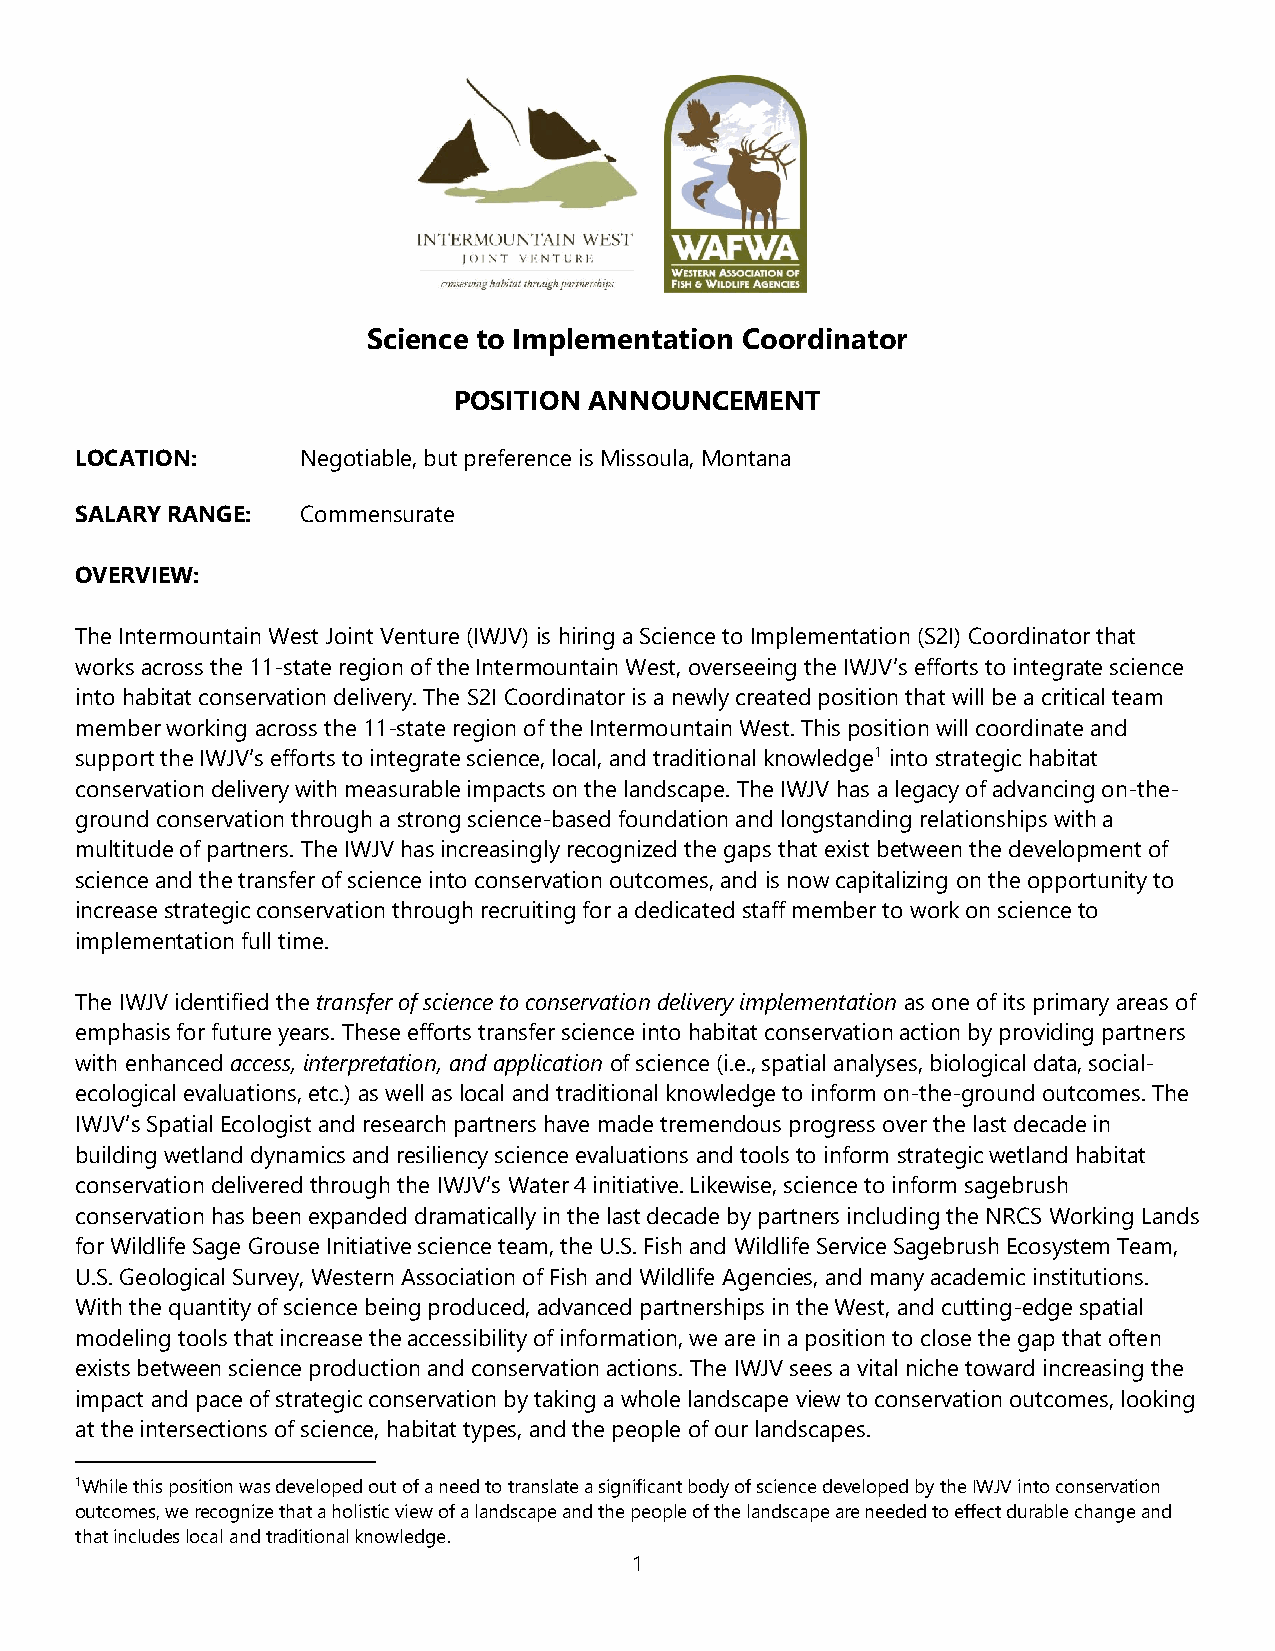
Science to Implementation Coordinator
 POSITION ANNOUNCEMENT
 LOCATION:      Negotiable, but preference is Missoula, Montana
 SALARY RANGE:  Commensurate
 OVERVIEW:
 The Intermountain West Joint Venture (IWJV) is hiring a Science to Implementation (S2I) Coordinator that
 works across the 11-state region of the Intermountain West, overseeing the IWJV’s efforts to integrate science
 into habitat conservation delivery. The S2I Coordinator is a newly created position that will be a critical team
 member working across the 11-state region of the Intermountain West. This position will coordinate and
 support the IWJV’s efforts to integrate science, local, and traditional knowledge1 into strategic habitat
 conservation delivery with measurable impacts on the landscape. The IWJV has a legacy of advancing on-the-
 ground conservation through a strong science-based foundation and longstanding relationships with a
 multitude of partners. The IWJV has increasingly recognized the gaps that exist between the development of
 science and the transfer of science into conservation outcomes, and is now capitalizing on the opportunity to
 increase strategic conservation through recruiting for a dedicated staff member to work on science to
 implementation full time.
 The IWJV identified the transfer of science to conservation delivery implementation as one of its primary areas of
 emphasis for future years. These efforts transfer science into habitat conservation action by providing partners
 with enhanced access, interpretation, and application of science (i.e., spatial analyses, biological data, social-
 ecological evaluations, etc.) as well as local and traditional knowledge to inform on-the-ground outcomes. The
 IWJV’s Spatial Ecologist and research partners have made tremendous progress over the last decade in
 building wetland dynamics and resiliency science evaluations and tools to inform strategic wetland habitat
 conservation delivered through the IWJV’s Water 4 initiative. Likewise, science to inform sagebrush
 conservation has been expanded dramatically in the last decade by partners including the NRCS Working Lands
 for Wildlife Sage Grouse Initiative science team, the U.S. Fish and Wildlife Service Sagebrush Ecosystem Team,
 U.S. Geological Survey, Western Association of Fish and Wildlife Agencies, and many academic institutions.
 With the quantity of science being produced, advanced partnerships in the West, and cutting-edge spatial
 modeling tools that increase the accessibility of information, we are in a position to close the gap that often
 exists between science production and conservation actions. The IWJV sees a vital niche toward increasing the
 impact and pace of strategic conservation by taking a whole landscape view to conservation outcomes, looking
 at the intersections of science, habitat types, and the people of our landscapes.
 1While this position was developed out of a need to translate a significant body of science developed by the IWJV into conservation
 outcomes, we recognize that a holistic view of a landscape and the people of the landscape are needed to effect durable change and
 that includes local and traditional knowledge.
 1